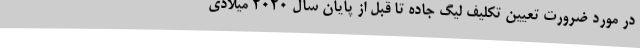
در مورد ضرورت تعیین تکلیف لیگ جاده تا قبل از پایان سال 2020 میلادی